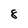
Character: 8